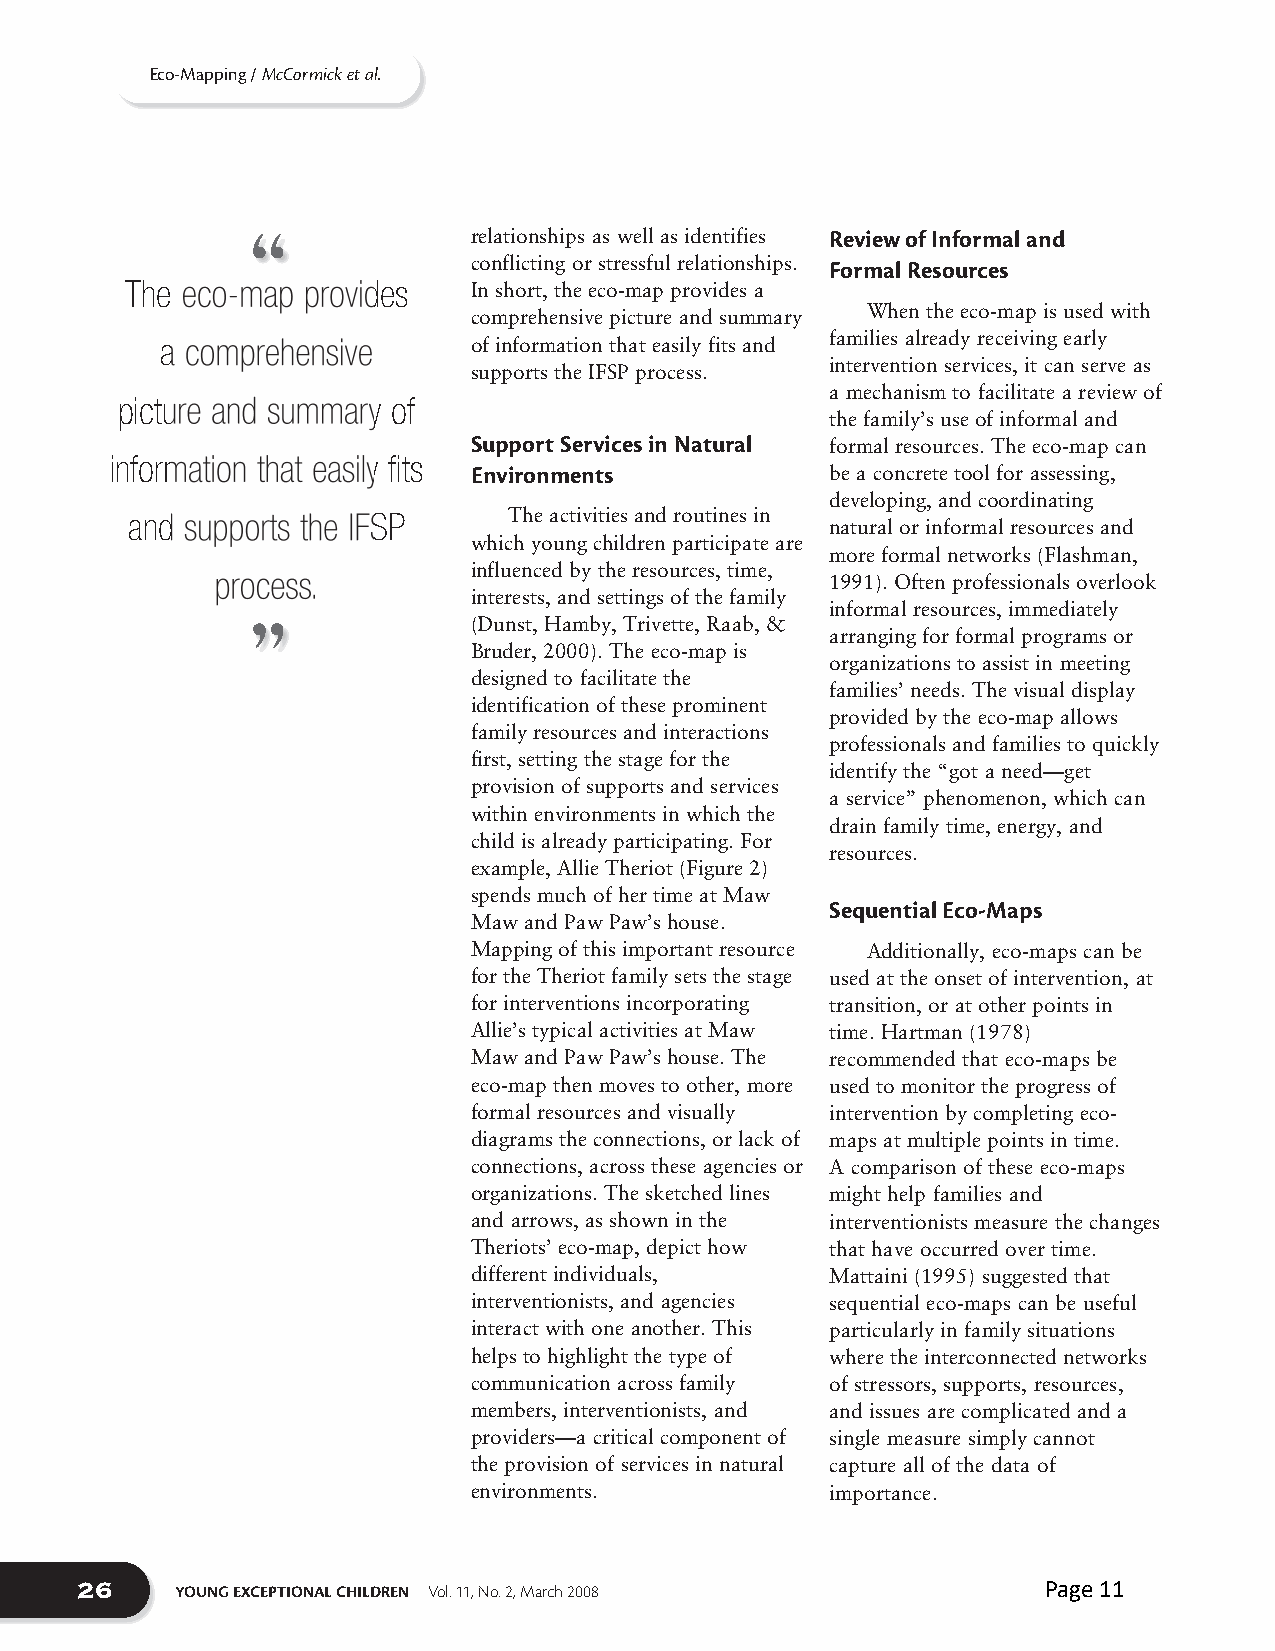
Eco-Mapping / McCormick et al.
 “
 relationships as well as identifies Review of Informal and
 conflicting or stressful relationships. Formal Resources
 The eco-map provides   In short, the eco-map provides a
 When the eco-map is used with
 comprehensive picture and summary
 a comprehensive     of information that easily fits and families already receiving early
 intervention services, it can serve as
 supports the IFSP process.
 a mechanism to facilitate a review of
 picture and summary of
 the family’s use of informal and
 Support Services in Natural formal resources. The eco-map can
 information that easily fits
 Environments            be a concrete tool for assessing,
 developing, and coordinating
 and supports the IFSP     The activities and routines in
 natural or informal resources and
 which young children participate are
 more formal networks (Flashman,
 influenced by the resources, time,
 process.                                 1991). Often professionals overlook
 interests, and settings of the family
 informal resources, immediately
 ”              (Dunst, Hamby, Trivette, Raab, &
 arranging for formal programs or
 Bruder, 2000). The eco-map is
 organizations to assist in meeting
 designed to facilitate the
 families’ needs. The visual display
 identification of these prominent
 provided by the eco-map allows
 family resources and interactions
 professionals and families to quickly
 first, setting the stage for the
 identify the “got a need—get
 provision of supports and services
 a service” phenomenon, which can
 within environments in which the
 drain family time, energy, and
 child is already participating. For
 resources.
 example, Allie Theriot (Figure 2)
 spends much of her time at Maw
 Sequential Eco-Maps
 Maw and Paw Paw’s house.
 Mapping of this important resource Additionally, eco-maps can be
 for the Theriot family sets the stage used at the onset of intervention, at
 for interventions incorporating transition, or at other points in
 Allie’s typical activities at Maw time. Hartman (1978)
 Maw and Paw Paw’s house. The recommended that eco-maps be
 eco-map then moves to other, more used to monitor the progress of
 formal resources and visually intervention by completing eco-
 diagrams the connections, or lack of maps at multiple points in time.
 connections, across these agencies or A comparison of these eco-maps
 organizations. The sketched lines might help families and
 and arrows, as shown in the interventionists measure the changes
 Theriots’ eco-map, depict how that have occurred over time.
 different individuals,  Mattaini (1995) suggested that
 interventionists, and agencies sequential eco-maps can be useful
 interact with one another. This particularly in family situations
 helps to highlight the type of where the interconnected networks
 communication across family of stressors, supports, resources,
 members, interventionists, and and issues are complicated and a
 providers—a critical component of single measure simply cannot
 the provision of services in natural capture all of the data of
 environments.           importance.
 26
 YOUNG EXCEPTIONAL CHILDREN Vol. 11, No. 2, March 2008    Page 11